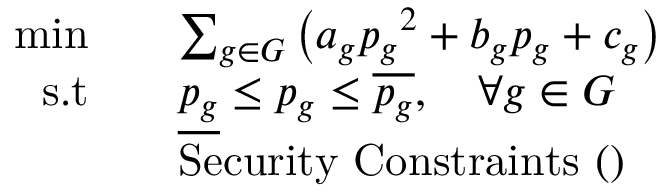
\begin{array} { r l } { \mathrm { m i n } \quad } & { \sum _ { g \in \cal G } \left( a _ { g } { p _ { g } } ^ { 2 } + b _ { g } p _ { g } + c _ { g } \right) } \\ { \mathrm { s . t } \quad } & { \underline { { p _ { g } } } \leq p _ { g } \leq \overline { { p _ { g } } } , \quad \forall g \in \cal G } \\ & { \mathrm { S e c u r i t y ~ C o n s t r a i n t s ~ ( ) ~ } } \end{array}